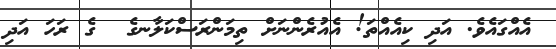
އެއްގައެވެ. އަދި ކިއެއްތަ! އެއުރެންނަށް ތިމަންރަސްކަލާނގެ  ގެ ރަހަ އަދި